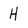
Character: H